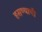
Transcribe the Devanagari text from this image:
हसण्याची